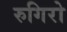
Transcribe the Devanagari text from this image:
रुगिरो